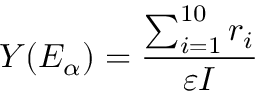
Y ( E _ { \alpha } ) = \frac { \sum _ { i = 1 } ^ { 1 0 } r _ { i } } { \varepsilon I }